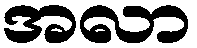
အလာ